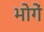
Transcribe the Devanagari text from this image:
भोगें